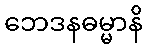
ဘေဒနဓမ္မာနိ